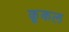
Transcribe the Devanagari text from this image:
कूकल